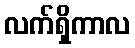
လက်ရှိကာလ